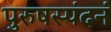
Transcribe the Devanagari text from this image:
पुरुषस्पंदनं